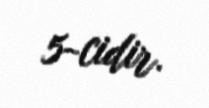
5-cidir.